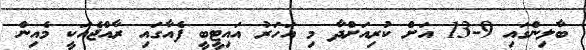
ބާލިންގައި 9-13 އަށް ކުރިއަށްދާ މި އަހަރު އައިޓީބީ ފެއާގައި ރާއްޖެއަކީ މެއިން